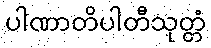
ပါဏာတိပါတီသုတ္တံ